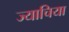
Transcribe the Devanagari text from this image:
ज्याचिया